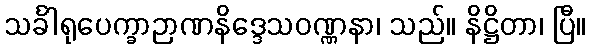
သင်္ခါရုပေက္ခာဉာဏနိဒ္ဒေသဝဏ္ဏနာ၊ သည်။ နိဋ္ဌိတာ၊ ပြီ။